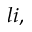
l i ,